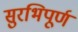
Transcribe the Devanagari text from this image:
सुरभिपूर्ण